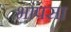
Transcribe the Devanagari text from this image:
भापसा